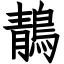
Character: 鶄